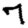
Digit: 7